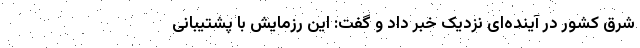
شرق کشور در آینده‌ای نزدیک خبر داد و گفت: این رزمایش با پشتیبانی